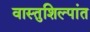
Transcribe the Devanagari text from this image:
वास्तुशिल्पांत